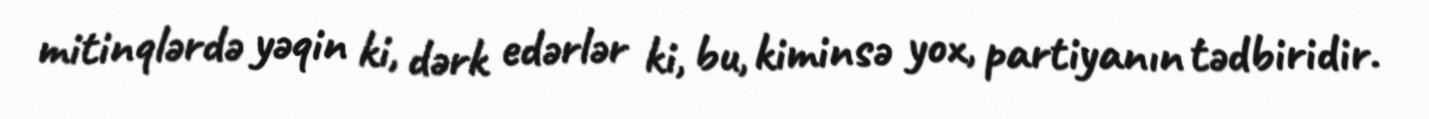
mitinqlərdə yəqin ki, dərk edərlər ki, bu, kiminsə yox, partiyanın tədbiridir.